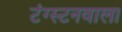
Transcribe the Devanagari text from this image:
टंग्स्टनवाला